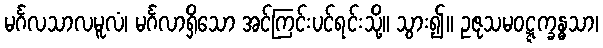
မင်္ဂလသာလမူလံ၊ မင်္ဂလာရှိသော အင်ကြင်းပင်ရင်းသို့။ သွား၍။ ဥဇုသမဝဋ္ဋက္ခန္ဓသာ၊